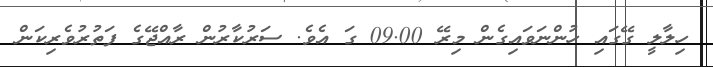
ހިލާލީ ގޭގައި ހުންނަވައިގެން މިރޭ 09.00 ގަ އެވެ. ސަރުކާރުން ރާއްޖޭގެ ފަތުުރުވެރިކަން